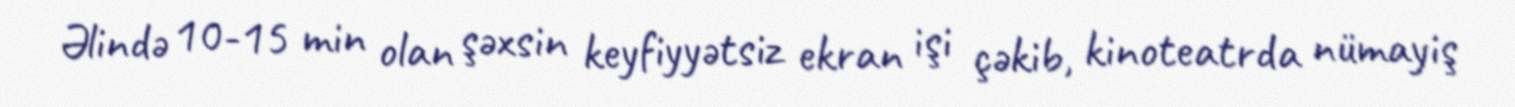
Əlində 10-15 min olan şəxsin keyfiyyətsiz ekran işi çəkib, kinoteatrda nümayiş